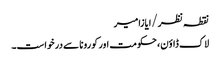
نقطہ نظر/ایازامیر
لاک ڈاؤن، حکومت اور کورونا سے درخواست۔